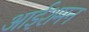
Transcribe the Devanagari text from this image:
आईशमन